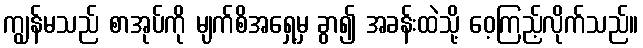
ကျွန်မသည် စာအုပ်ကို မျက်စိအရှေ့မှ ခွာ၍ အခန်းထဲသို့ ဝေ့ကြည့်လိုက်သည်။